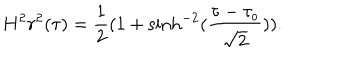
LaTeX: H ^ { 2 } r ^ { 2 } ( \tau ) = \frac { 1 } { 2 } ( 1 + \sinh ^ { - 2 } ( \frac { \tau - \tau _ { o } } { \sqrt { 2 } } ) ) .